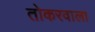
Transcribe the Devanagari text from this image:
तोकरवाला